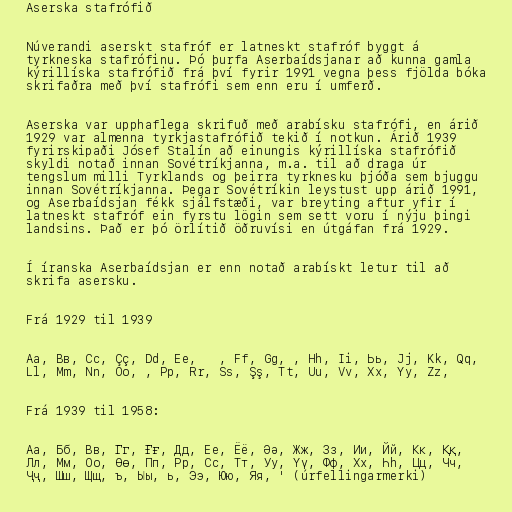
Aserska stafrófið

Núverandi aserskt stafróf er latneskt stafróf byggt á
tyrkneska stafrófinu. Þó þurfa Aserbaídsjanar að kunna gamla
kýrillíska stafrófið frá því fyrir 1991 vegna þess fjölda bóka
skrifaðra með því stafrófi sem enn eru í umferð.

Aserska var upphaflega skrifuð með arabísku stafrófi, en árið
1929 var almenna tyrkjastafrófið tekið í notkun. Árið 1939
fyrirskipaði Jósef Stalín að einungis kýrillíska stafrófið
skyldi notað innan Sovétríkjanna, m.a. til að draga úr
tengslum milli Tyrklands og þeirra tyrknesku þjóða sem bjuggu
innan Sovétríkjanna. Þegar Sovétríkin leystust upp árið 1991,
og Aserbaídsjan fékk sjálfstæði, var breyting aftur yfir í
latneskt stafróf ein fyrstu lögin sem sett voru í nýju þingi
landsins. Það er þó örlítið öðruvísi en útgáfan frá 1929.

Í íranska Aserbaídsjan er enn notað arabískt letur til að
skrifa asersku.

Frá 1929 til 1939

Aa, Bв, Cc, Çç, Dd, Ee, Əə, Ff, Gg, , Hh, Ii, Ьь, Jj, Kk, Qq,
Ll, Mm, Nn, Oo, , Pp, Rr, Ss, Şş, Tt, Uu, Vv, Xx, Yy, Zz,

Frá 1939 til 1958:

Аа, Бб, Вв, Гг, Ғғ, Дд, Ее, Ёё, Әә, Жж, Зз, Ии, Йй, Кк, Ққ,
Лл, Мм, Оо, Өө, Пп, Рр, Сс, Тт, Уу, Үү, Фф, Хх, Һh, Цц, Чч,
Ҷҷ, Шш, Щщ, ъ, Ыы, ь, Ээ, Юю, Яя, ' (úrfellingarmerki)